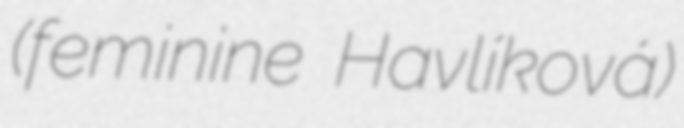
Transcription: (feminine Havlíková)